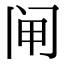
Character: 闸